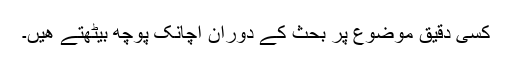
کسی دقیق موضوع پر بحث کے دوران اچانک پوچھ بیٹھتے ھیں۔